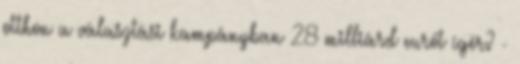
otthon a választási kampányban 28 milliárd eurót ígér? -